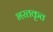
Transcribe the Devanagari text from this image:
भरतकृत